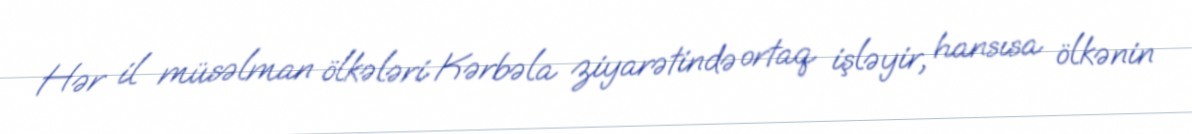
Hər il müsəlman ölkələri Kərbəla ziyarətində ortaq işləyir, hansısa ölkənin